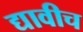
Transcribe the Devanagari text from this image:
द्यावीच